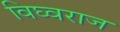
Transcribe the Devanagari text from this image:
विघ्वराज